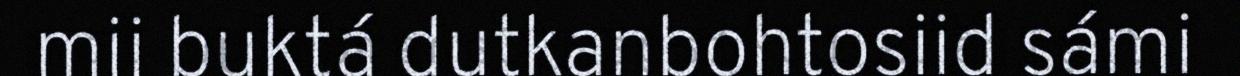
mii buktá dutkanbohtosiid sámi